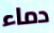
دماء